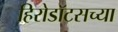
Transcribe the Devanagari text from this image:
हिरोडॉटसच्या